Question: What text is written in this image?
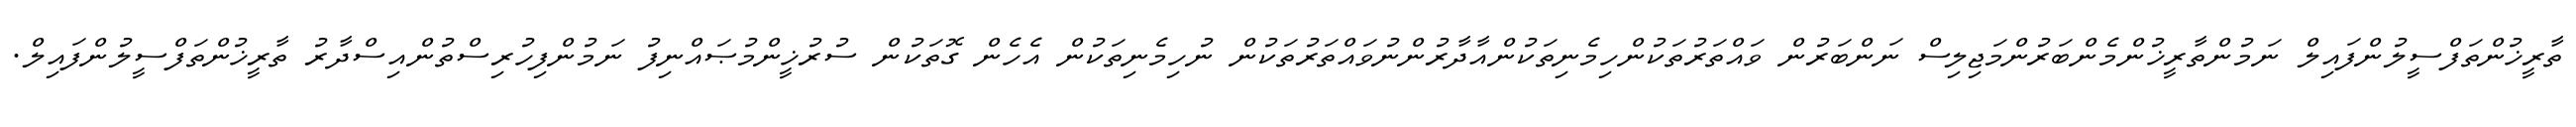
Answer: ތާރީޚުންތަފްސީލުންފައިލް ނަމުންތާރީޚުންމެންބަރުންމަޖިލިސް ނަންބަރުން ވައްތަރުތަކުންހިމެނިތަކުންއާދާރުންނުވައްތަރުތަކުން ނުހިމެނިތަކުން އެހެން ގޮތަކުން ސުރުޚީންމުޞައްނިފު ނަމުންފިހުރިސްތުންއިސްދާރު ތާރީޚުންތަފްސީލުންފައިލް.